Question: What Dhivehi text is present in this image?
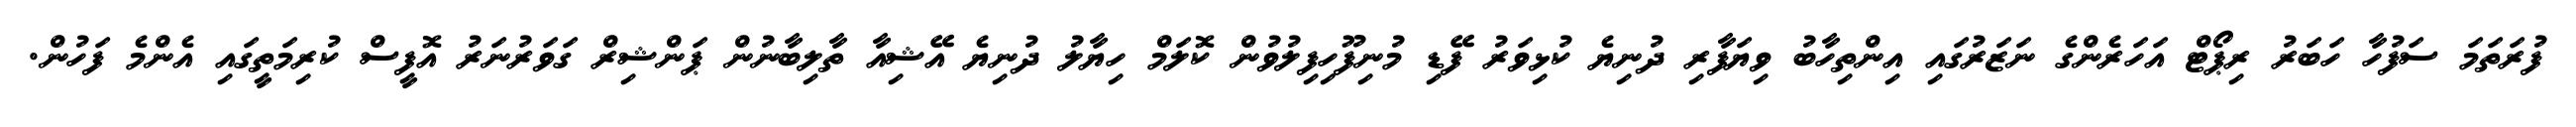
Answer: ފުރަތަމަ ސަފުހާ ހަބަރު ރިޕޯޓް އަހަރެންގެ ނަޒަރުގައި އިންތިހާބު ވިޔަފާރި ދުނިޔެ ކުޅިވަރު ފޭޑި މުނިފޫހިފިލުވުން ކޮލަމް ހިޔާލު ދުނިޔެ އޭޝިއާ ތާލިބާނުން ޕަންޝިރް ގަވަރުނަރު އޮފީސް ކުރިމަތީގައި އެންމެ ފަހުން.